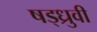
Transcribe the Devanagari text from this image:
षड्ध्रुवी